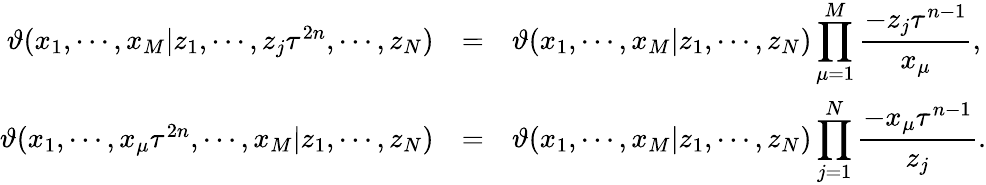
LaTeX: \begin{array}{rcl}{{\vartheta(x_{1},\cdots,x_{M}|z_{1},\cdots,z_{j}\tau^{2n},\cdots,z_{N})}}&{{=}}&{{\vartheta(x_{1},\cdots,x_{M}|z_{1},\cdots,z_{N})\displaystyle\prod_{\mu=1}^{M}\frac{-z_{j}\tau^{n-1}}{x_{\mu}},}}\\ {{\vartheta(x_{1},\cdots,x_{\mu}\tau^{2n},\cdots,x_{M}|z_{1},\cdots,z_{N})}}&{{=}}&{{\vartheta(x_{1},\cdots,x_{M}|z_{1},\cdots,z_{N})\displaystyle\prod_{j=1}^{N}\frac{-x_{\mu}\tau^{n-1}}{z_{j}}.}}\end{array}